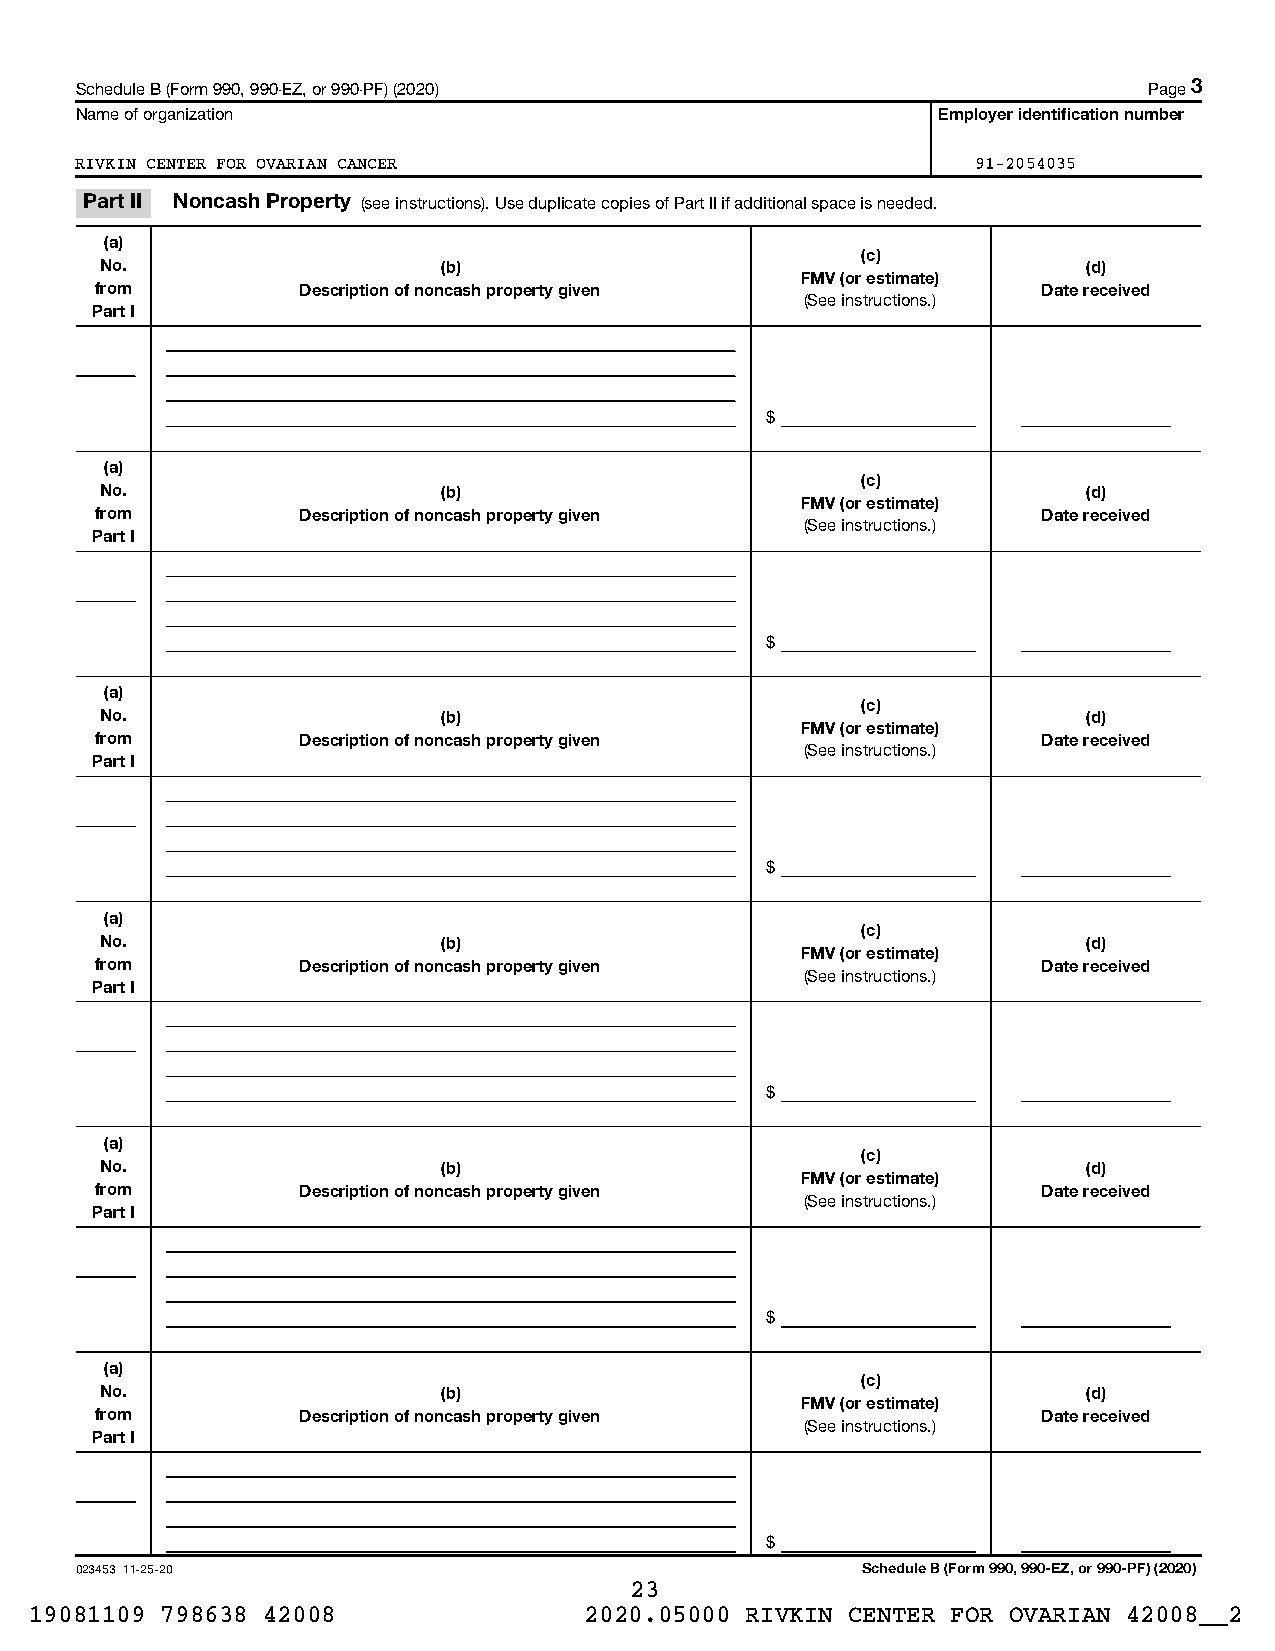
Schedule B (Form 990, 990-EZ, or 990-PF) (2020)                        Page 3
 Name of organization                                     Employer identification number
 RIVKIN CENTER FOR OVARIAN CANCER                            91-2054035
 Part II Noncash Property (see instructions). Use duplicate copies of Part II if additional space is needed.
 (a)
 (c)
 No.                   (b)                                        (d)
 FMV (or estimate)
 from          Description of noncash property given            Date received
 (See instructions.)
 Part I
 $
 (a)
 (c)
 No.                   (b)                                        (d)
 FMV (or estimate)
 from          Description of noncash property given            Date received
 (See instructions.)
 Part I
 $
 (a)
 (c)
 No.                   (b)                                        (d)
 FMV (or estimate)
 from          Description of noncash property given            Date received
 (See instructions.)
 Part I
 $
 (a)
 (c)
 No.                   (b)                                        (d)
 FMV (or estimate)
 from          Description of noncash property given            Date received
 (See instructions.)
 Part I
 $
 (a)
 (c)
 No.                   (b)                                        (d)
 FMV (or estimate)
 from          Description of noncash property given            Date received
 (See instructions.)
 Part I
 $
 (a)
 (c)
 No.                   (b)                                        (d)
 FMV (or estimate)
 from          Description of noncash property given            Date received
 (See instructions.)
 Part I
 $
 023453 11-25-20                                     Schedule B (Form 990, 990-EZ, or 990-PF) (2020)
 23
 19081109 798638 42008                2020.05000 RIVKIN CENTER FOR OVARIAN 42008__2